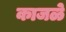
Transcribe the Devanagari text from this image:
काजळे